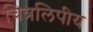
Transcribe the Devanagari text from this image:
चित्रलिपीय